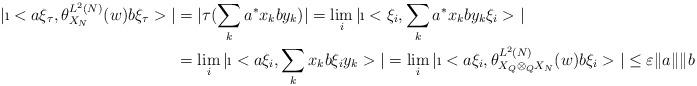
LaTeX: \begin{align*}| \i< a \xi_\tau, \theta_{X_N}^{L^2(N)} (w ) b \xi_\tau > |&= |\tau (\sum_k a^*x_k b y_k )|= \lim_i | \i< \xi_i,\sum_k a^*x_k b y_k \xi_i > | \\&=\lim_i | \i< a \xi_i, \sum_k x_k b \xi_i y_k > | = \lim_i | \i< a \xi_i, \theta_{X_Q \otimes_Q X_N}^{L^2(N)} (w )b \xi_i >| \leq \varepsilon \|a \| \|b \|,\end{align*}